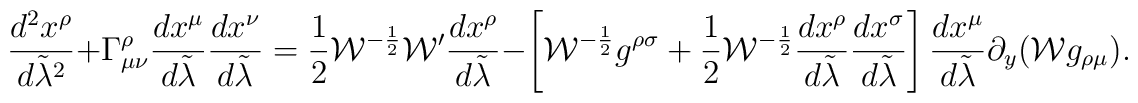
{{d^2x^{\rho}}\over{d\tilde{\lambda}^2}}+\Gamma^{\rho}_{\mu\nu}{{dx^{\mu}}\over{d\tilde{\lambda}}}{{dx^{\nu}}\over{d\tilde{\lambda}}}={1\over 2}{\cal W}^{-{1\over 2}}{\cal W}^{\prime}{{dx^{\rho}}\over{d\tilde{\lambda}}}-\left[{\cal W}^{-{1\over 2}}g^{\rho\sigma}+{1\over 2}{\cal W}^{-{1\over 2}}{{dx^{\rho}}\over{d\tilde{\lambda}}}{{dx^{\sigma}}\over{d\tilde{\lambda}}}\right]{{dx^{\mu}}\over{d\tilde{\lambda}}}\partial_y({\cal W}g_{\rho\mu}).